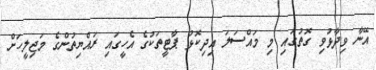
އޭނާ ވިދާޅުވި ގޮތުގައި މި މައްސަލަ އިދިކޮޅު ޕާޓީތަކުގެ އެހީގައި ރައްޔިތުންގެ މަޖިލީހަށް